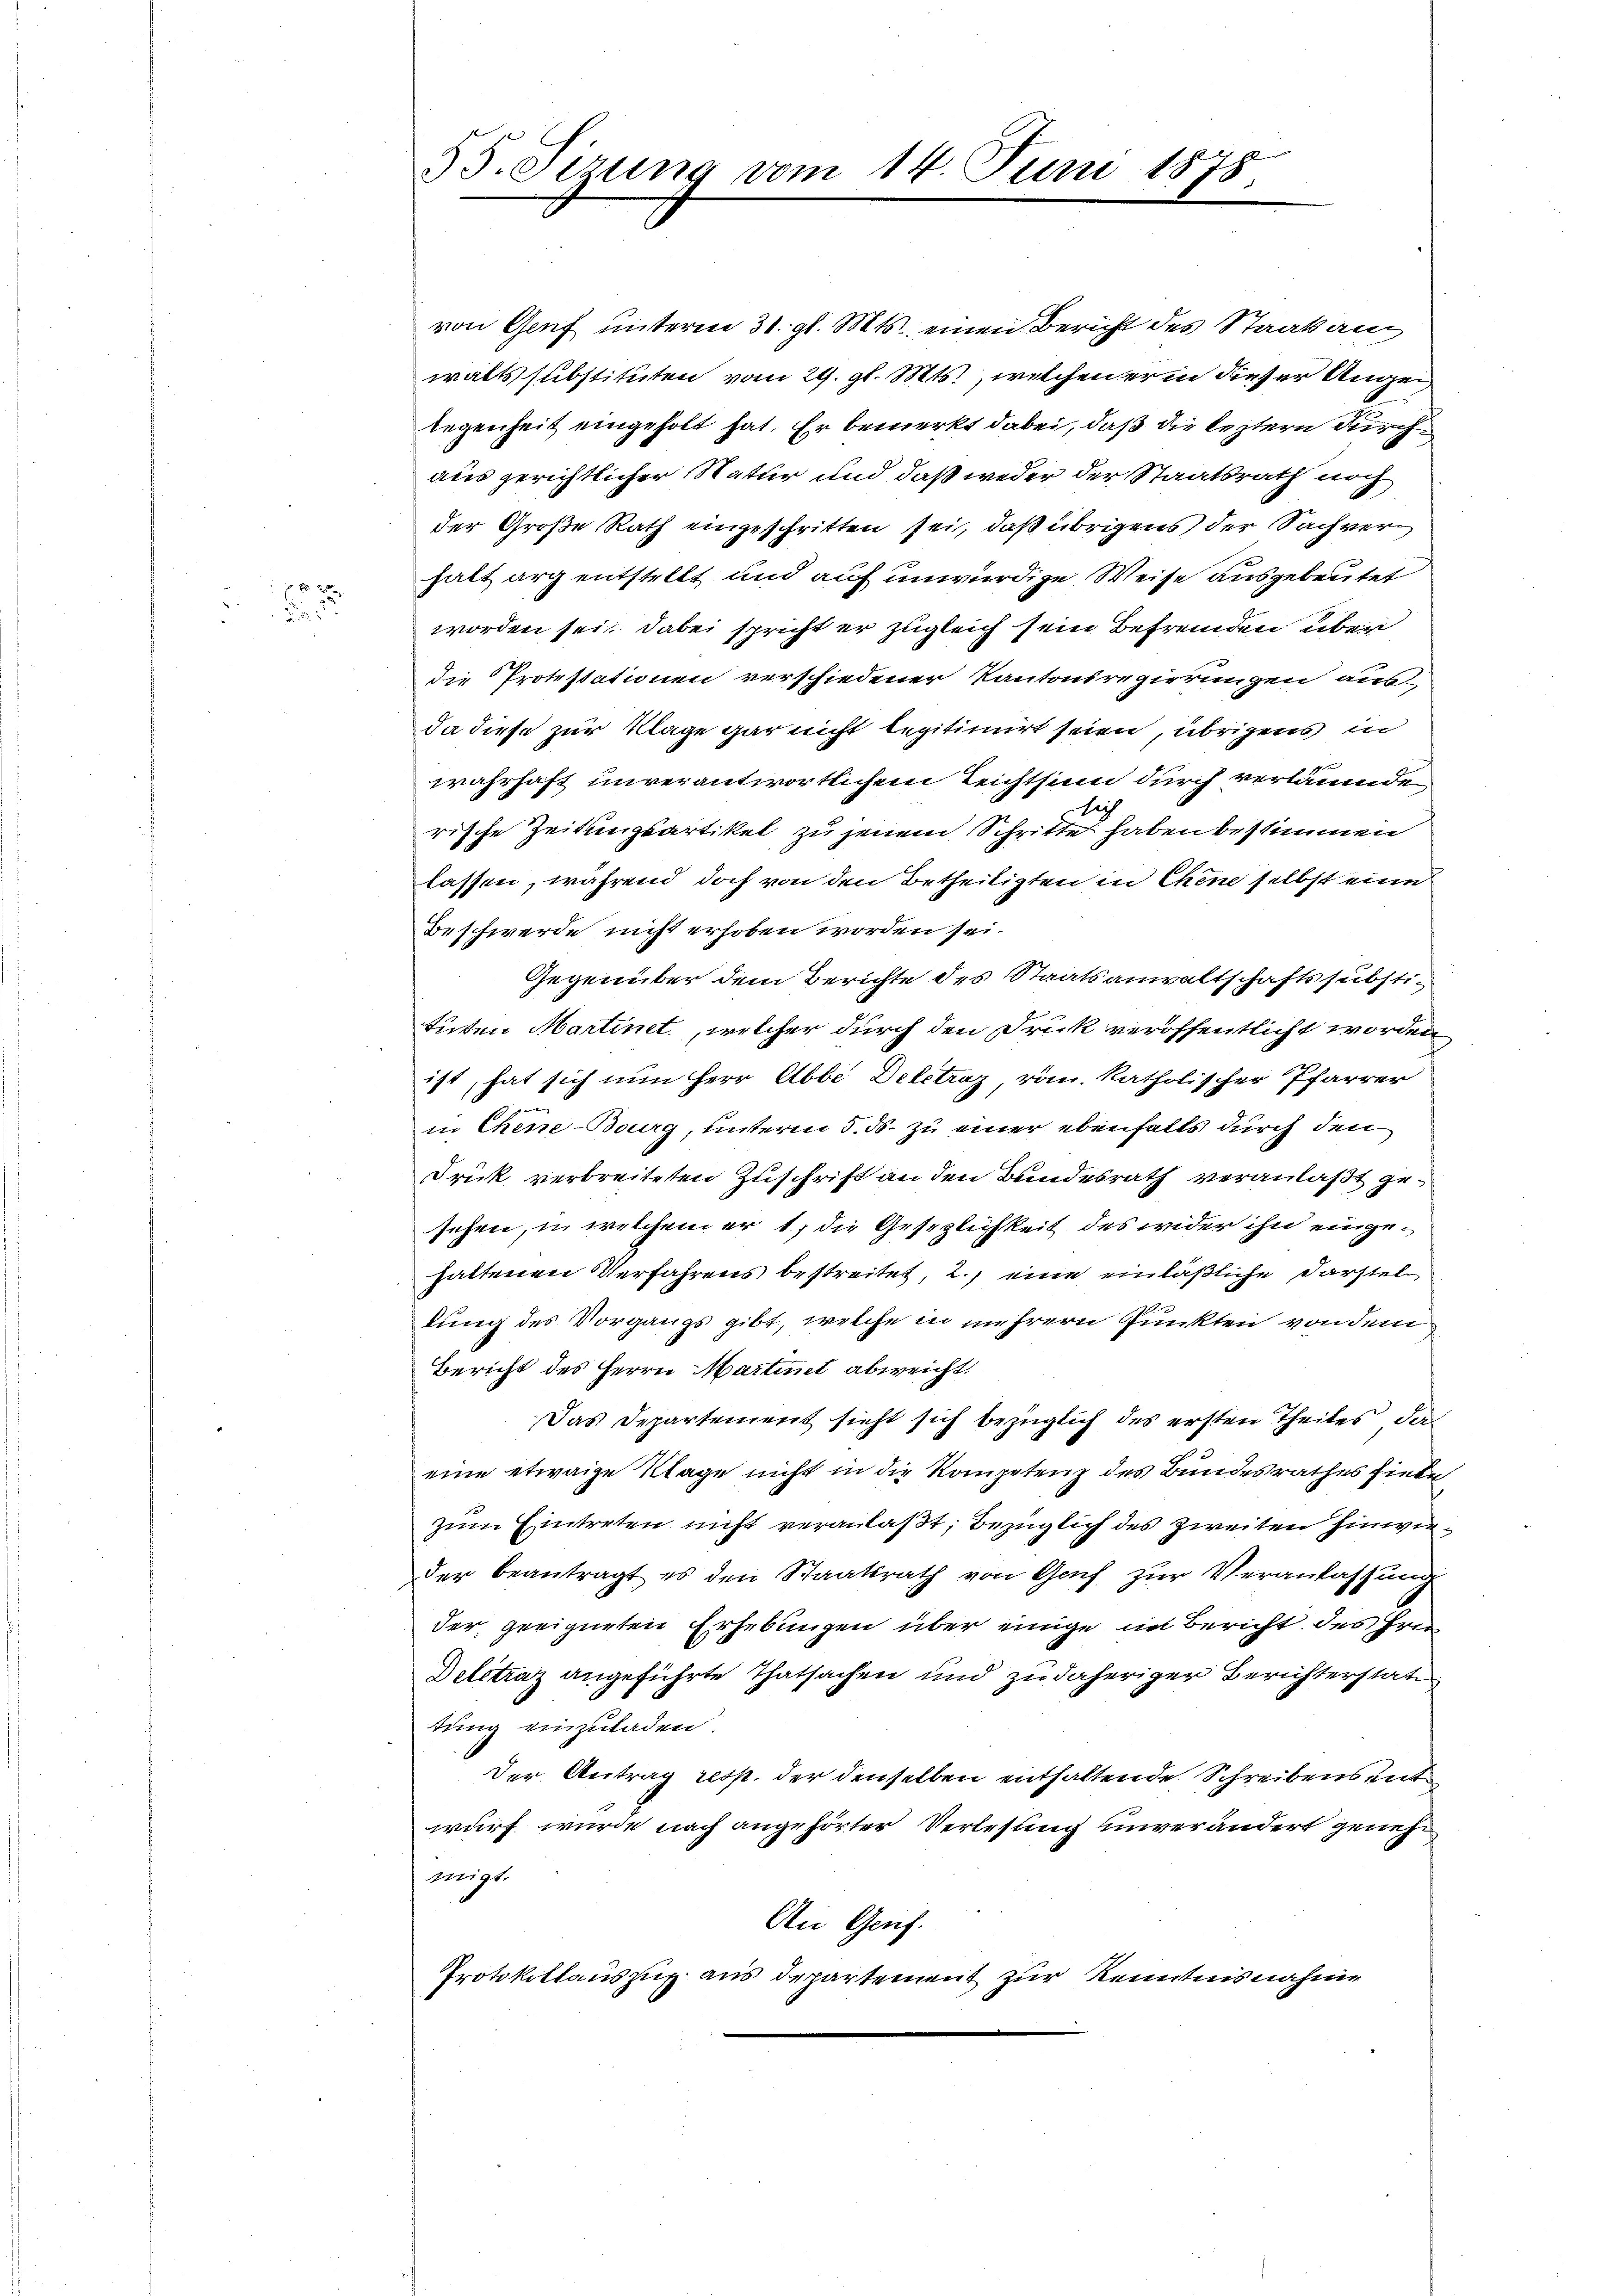
f 2 x
2

von Genf unterm 31. gl. Mts. einen Bericht des Staatsanwalts substituten vom 29. gl. Mts., welchen er in dieser Angelegenheit eingeholt hat. Er bemerkt dabei, daß die leztern durch
aus gerichtlicher Natur und daß weder der Staatsrath noch
der Große Rath eingeschritten sei, daß übrigens der Sachverhalt arg entstellt und auf unwürdige Weise ausgebeutet
worden sei, dabei spricht er zugleich sein Befremden über
die Protestationen verschiedener Kantonsregierungen aus
da diese zur Klage gar nicht legitimiert seien, übrigens in
wahrhaft unverantwortlichem Reichtsinn durch verläumden
rische Zeitungsartikel zu jenem Schritte haben bestimmen
lassen, während doch von den Betheiligten in Chine selbst eine
Beschwerde nicht erhoben worden sei.
Gegenüber dem Berichte des Staatsanwaltschaftssubstituten Martinet, welcher durch den Druck veröffentlicht worden.
ist, hat sich nun Herr Abbe Delstraz, röm. katholischer Pfarrer
in Chene Bourg, unterm 5. ds. zu einer ebenfalls durch den
Druck verbreiteten Zuschrift an den Bundesrath veranlaßt gesehen, in welchem er 1, die Gesezlichkeit des wider ihn eingehattenen Verfahrens bestreitet, 2., eine einläßliche Darstel
lung des Vorgangs gibt, welche in mehrern Punkten von dem
Bericht des Herrn Martinet abweicht.
Das Departement sieht sich bezüglich des ersten Theiles, das
eine etwaige Klage nicht in die Kompetenz des Bundesrathes fiele
zum Eintreten nicht veranlaßt, bezüglich des zweiten hinwieder beantragt es den Staatsrath von Genf zur Veranlassung
der geeigneten Erhebungen über einige in Bericht des Hrn
Delstraz angeführte Thatsachen und zu daheriger Berichterstate
tung einzuladen.
Der Antrag resp. der denselben enthaltende Schreibens entwurf wurde nach angehörter Verlesung unverändert genehmigt.
Ain Genf.
Protokollauszug aus Departement zur Kenntnisnahme

55. Sizung vom 14. Juni 1878.